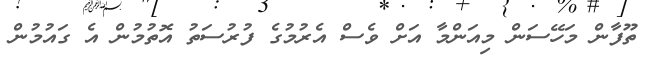
ތޫފާން މަހޭސަން މިއަންމާ އަށް ވެސް އެރުމުގެ ފުރުސަތު އޮތުމުން އެ ގައުމުން